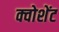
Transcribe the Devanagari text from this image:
क्वोशेंट